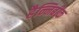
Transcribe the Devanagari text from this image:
हैन्निबीक